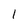
Character: 1